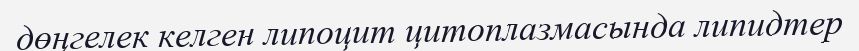
дөңгелек келген липоцит цитоплазмасында липидтер